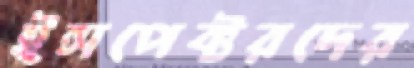
ইন্সপেক্টরদের